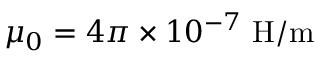
\mu _ { 0 } = 4 \pi \times 1 0 ^ { - 7 } { \mathrm { ~ H / m } }